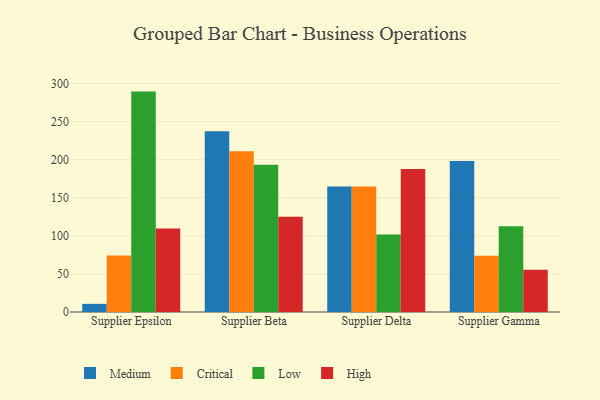
{"axis": {"x": "Supplier", "y": "Satisfaction Score"}, "legend": ["Critical", "High", "Low", "Medium"], "data": [{"x": "Supplier Epsilon", "y": 10.7, "type": "Medium"}, {"x": "Supplier Epsilon", "y": 74.1, "type": "Critical"}, {"x": "Supplier Epsilon", "y": 289.3, "type": "Low"}, {"x": "Supplier Epsilon", "y": 109.7, "type": "High"}, {"x": "Supplier Beta", "y": 237.3, "type": "Medium"}, {"x": "Supplier Beta", "y": 211.0, "type": "Critical"}, {"x": "Supplier Beta", "y": 193.3, "type": "Low"}, {"x": "Supplier Beta", "y": 125.0, "type": "High"}, {"x": "Supplier Delta", "y": 164.7, "type": "Medium"}, {"x": "Supplier Delta", "y": 164.8, "type": "Critical"}, {"x": "Supplier Delta", "y": 101.8, "type": "Low"}, {"x": "Supplier Delta", "y": 187.7, "type": "High"}, {"x": "Supplier Gamma", "y": 198.1, "type": "Medium"}, {"x": "Supplier Gamma", "y": 73.8, "type": "Critical"}, {"x": "Supplier Gamma", "y": 112.5, "type": "Low"}, {"x": "Supplier Gamma", "y": 55.4, "type": "High"}]}